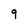
Character: 9